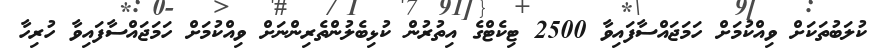
ކުލަބުތަކަށް ވިއްކުމަށް ހަމަޖައްސާފައިވާ 2500 ޓިކެޓްގެ އިތުރުން ކުޅިބެލުންތެރިންނަށް ވިއްކުމަށް ހަމަޖައްސާފައިވާ ހުރިހާ